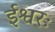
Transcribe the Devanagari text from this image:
ईश्वरः